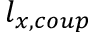
l _ { x , c o u p }